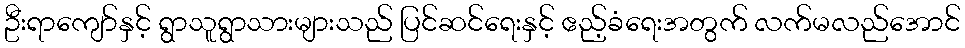
ဦးရာကျော်နှင့် ရွာသူရွာသားများသည် ပြင်ဆင်ရေးနှင့် ဧည့်ခံရေးအတွက် လက်မလည်အောင်